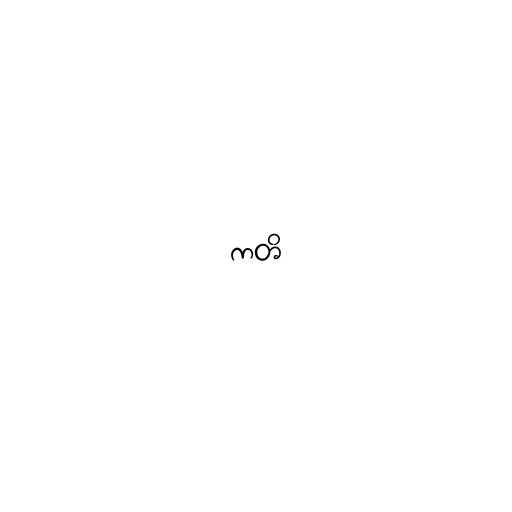
ကတိ